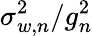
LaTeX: \sigma_{w,n}^{2}/g_{n}^{2}